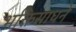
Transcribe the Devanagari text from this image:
भक्तिसाधने